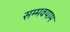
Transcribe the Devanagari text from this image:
सम्मवयाम